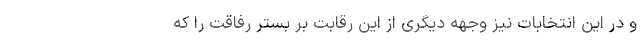
و در این انتخابات نیز وجهه دیگری از این رقابت بر بستر رفاقت را که